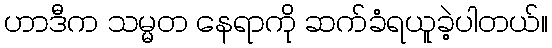
ဟာဒီက သမ္မတ နေရာကို ဆက်ခံရယူခဲ့ပါတယ်။